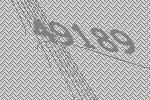
49189